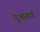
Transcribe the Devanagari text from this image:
नुआखाई